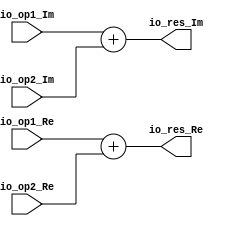
module ComplexAdd(
  input  [31:0] io_op1_Re,
  input  [31:0] io_op1_Im,
  input  [31:0] io_op2_Re,
  input  [31:0] io_op2_Im,
  output [31:0] io_res_Re,
  output [31:0] io_res_Im
);
  assign io_res_Re = $signed(io_op1_Re) + $signed(io_op2_Re); // @[complex.scala 19:15]
  assign io_res_Im = $signed(io_op1_Im) + $signed(io_op2_Im); // @[complex.scala 20:15]
endmodule
module ComplexSub(
  input  [31:0] io_op1_Re,
  input  [31:0] io_op1_Im,
  input  [31:0] io_op2_Re,
  input  [31:0] io_op2_Im,
  output [31:0] io_res_Re,
  output [31:0] io_res_Im
);
  assign io_res_Re = $signed(io_op1_Re) - $signed(io_op2_Re); // @[complex.scala 39:15]
  assign io_res_Im = $signed(io_op1_Im) - $signed(io_op2_Im); // @[complex.scala 40:15]
endmodule
module ComplexMul(
  input  [31:0] io_op1_Re,
  input  [31:0] io_op1_Im,
  input  [31:0] io_op2_Re,
  input  [31:0] io_op2_Im,
  output [31:0] io_res_Re,
  output [31:0] io_res_Im
);
  wire [31:0] _T_2 = $signed(io_op1_Re) + $signed(io_op1_Im); // @[complex.scala 54:37]
  wire [63:0] k1 = $signed(io_op2_Re) * $signed(_T_2); // @[complex.scala 54:24]
  wire [31:0] _T_5 = $signed(io_op2_Im) - $signed(io_op2_Re); // @[complex.scala 55:37]
  wire [63:0] k2 = $signed(io_op1_Re) * $signed(_T_5); // @[complex.scala 55:24]
  wire [31:0] _T_8 = $signed(io_op2_Re) + $signed(io_op2_Im); // @[complex.scala 56:37]
  wire [63:0] k3 = $signed(io_op1_Im) * $signed(_T_8); // @[complex.scala 56:24]
  wire [63:0] _T_11 = $signed(k1) - $signed(k3); // @[complex.scala 57:21]
  wire [63:0] _T_14 = $signed(k1) + $signed(k2); // @[complex.scala 58:21]
  wire [47:0] _GEN_0 = _T_11[63:16]; // @[complex.scala 57:15]
  wire [47:0] _GEN_2 = _T_14[63:16]; // @[complex.scala 58:15]
  assign io_res_Re = _GEN_0[31:0]; // @[complex.scala 57:15]
  assign io_res_Im = _GEN_2[31:0]; // @[complex.scala 58:15]
endmodule
module Butterfly(
  input         clock,
  input         reset,
  input  [31:0] io_in1_Re,
  input  [31:0] io_in1_Im,
  input  [31:0] io_in2_Re,
  input  [31:0] io_in2_Im,
  input  [31:0] io_wn_Re,
  input  [31:0] io_wn_Im,
  output [31:0] io_out1_Re,
  output [31:0] io_out1_Im,
  output [31:0] io_out2_Re,
  output [31:0] io_out2_Im
);
  wire [31:0] ComplexAdd_io_op1_Re; // @[complex.scala 30:26]
  wire [31:0] ComplexAdd_io_op1_Im; // @[complex.scala 30:26]
  wire [31:0] ComplexAdd_io_op2_Re; // @[complex.scala 30:26]
  wire [31:0] ComplexAdd_io_op2_Im; // @[complex.scala 30:26]
  wire [31:0] ComplexAdd_io_res_Re; // @[complex.scala 30:26]
  wire [31:0] ComplexAdd_io_res_Im; // @[complex.scala 30:26]
  wire [31:0] ComplexSub_io_op1_Re; // @[complex.scala 44:26]
  wire [31:0] ComplexSub_io_op1_Im; // @[complex.scala 44:26]
  wire [31:0] ComplexSub_io_op2_Re; // @[complex.scala 44:26]
  wire [31:0] ComplexSub_io_op2_Im; // @[complex.scala 44:26]
  wire [31:0] ComplexSub_io_res_Re; // @[complex.scala 44:26]
  wire [31:0] ComplexSub_io_res_Im; // @[complex.scala 44:26]
  wire [31:0] ComplexMul_io_op1_Re; // @[complex.scala 62:26]
  wire [31:0] ComplexMul_io_op1_Im; // @[complex.scala 62:26]
  wire [31:0] ComplexMul_io_op2_Re; // @[complex.scala 62:26]
  wire [31:0] ComplexMul_io_op2_Im; // @[complex.scala 62:26]
  wire [31:0] ComplexMul_io_res_Re; // @[complex.scala 62:26]
  wire [31:0] ComplexMul_io_res_Im; // @[complex.scala 62:26]
  ComplexAdd ComplexAdd ( // @[complex.scala 30:26]
    .io_op1_Re(ComplexAdd_io_op1_Re),
    .io_op1_Im(ComplexAdd_io_op1_Im),
    .io_op2_Re(ComplexAdd_io_op2_Re),
    .io_op2_Im(ComplexAdd_io_op2_Im),
    .io_res_Re(ComplexAdd_io_res_Re),
    .io_res_Im(ComplexAdd_io_res_Im)
  );
  ComplexSub ComplexSub ( // @[complex.scala 44:26]
    .io_op1_Re(ComplexSub_io_op1_Re),
    .io_op1_Im(ComplexSub_io_op1_Im),
    .io_op2_Re(ComplexSub_io_op2_Re),
    .io_op2_Im(ComplexSub_io_op2_Im),
    .io_res_Re(ComplexSub_io_res_Re),
    .io_res_Im(ComplexSub_io_res_Im)
  );
  ComplexMul ComplexMul ( // @[complex.scala 62:26]
    .io_op1_Re(ComplexMul_io_op1_Re),
    .io_op1_Im(ComplexMul_io_op1_Im),
    .io_op2_Re(ComplexMul_io_op2_Re),
    .io_op2_Im(ComplexMul_io_op2_Im),
    .io_res_Re(ComplexMul_io_res_Re),
    .io_res_Im(ComplexMul_io_res_Im)
  );
  assign io_out1_Re = ComplexAdd_io_res_Re; // @[butterfly.scala 21:13]
  assign io_out1_Im = ComplexAdd_io_res_Im; // @[butterfly.scala 21:13]
  assign io_out2_Re = ComplexMul_io_res_Re; // @[butterfly.scala 22:13]
  assign io_out2_Im = ComplexMul_io_res_Im; // @[butterfly.scala 22:13]
  assign ComplexAdd_io_op1_Re = io_in1_Re; // @[complex.scala 31:21]
  assign ComplexAdd_io_op1_Im = io_in1_Im; // @[complex.scala 31:21]
  assign ComplexAdd_io_op2_Re = io_in2_Re; // @[complex.scala 32:21]
  assign ComplexAdd_io_op2_Im = io_in2_Im; // @[complex.scala 32:21]
  assign ComplexSub_io_op1_Re = io_in1_Re; // @[complex.scala 45:21]
  assign ComplexSub_io_op1_Im = io_in1_Im; // @[complex.scala 45:21]
  assign ComplexSub_io_op2_Re = io_in2_Re; // @[complex.scala 46:21]
  assign ComplexSub_io_op2_Im = io_in2_Im; // @[complex.scala 46:21]
  assign ComplexMul_io_op1_Re = ComplexSub_io_res_Re; // @[complex.scala 63:21]
  assign ComplexMul_io_op1_Im = ComplexSub_io_res_Im; // @[complex.scala 63:21]
  assign ComplexMul_io_op2_Re = io_wn_Re; // @[complex.scala 64:21]
  assign ComplexMul_io_op2_Im = io_wn_Im; // @[complex.scala 64:21]
endmodule